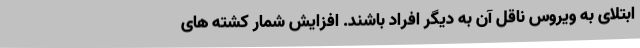
ابتلای به ویروس ناقل آن به دیگر افراد باشند. افزایش شمار کشته های